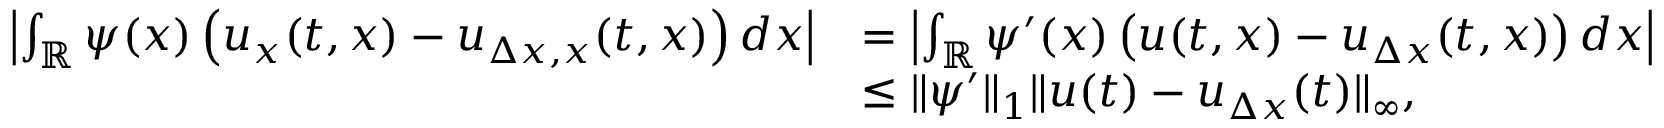
\begin{array} { r l } { \left| \int _ { \mathbb { R } } \psi ( x ) \left( u _ { x } ( t , x ) - u _ { \Delta x , x } ( t , x ) \right) d x \right| } & { = \left| \int _ { \mathbb { R } } \psi ^ { \prime } ( x ) \left( u ( t , x ) - u _ { \Delta x } ( t , x ) \right) d x \right| } \\ & { \leq \| \psi ^ { \prime } \| _ { 1 } \| u ( t ) - u _ { \Delta x } ( t ) \| _ { \infty } , } \end{array}